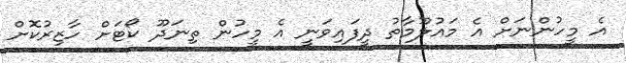
އެ މީހުންނަށް އެ މައުލޫމާތު ދީފައިވަނީ އެ މީހުން ތިނަދޫ ކޯޓަށް ހާޒިރުކޮށް